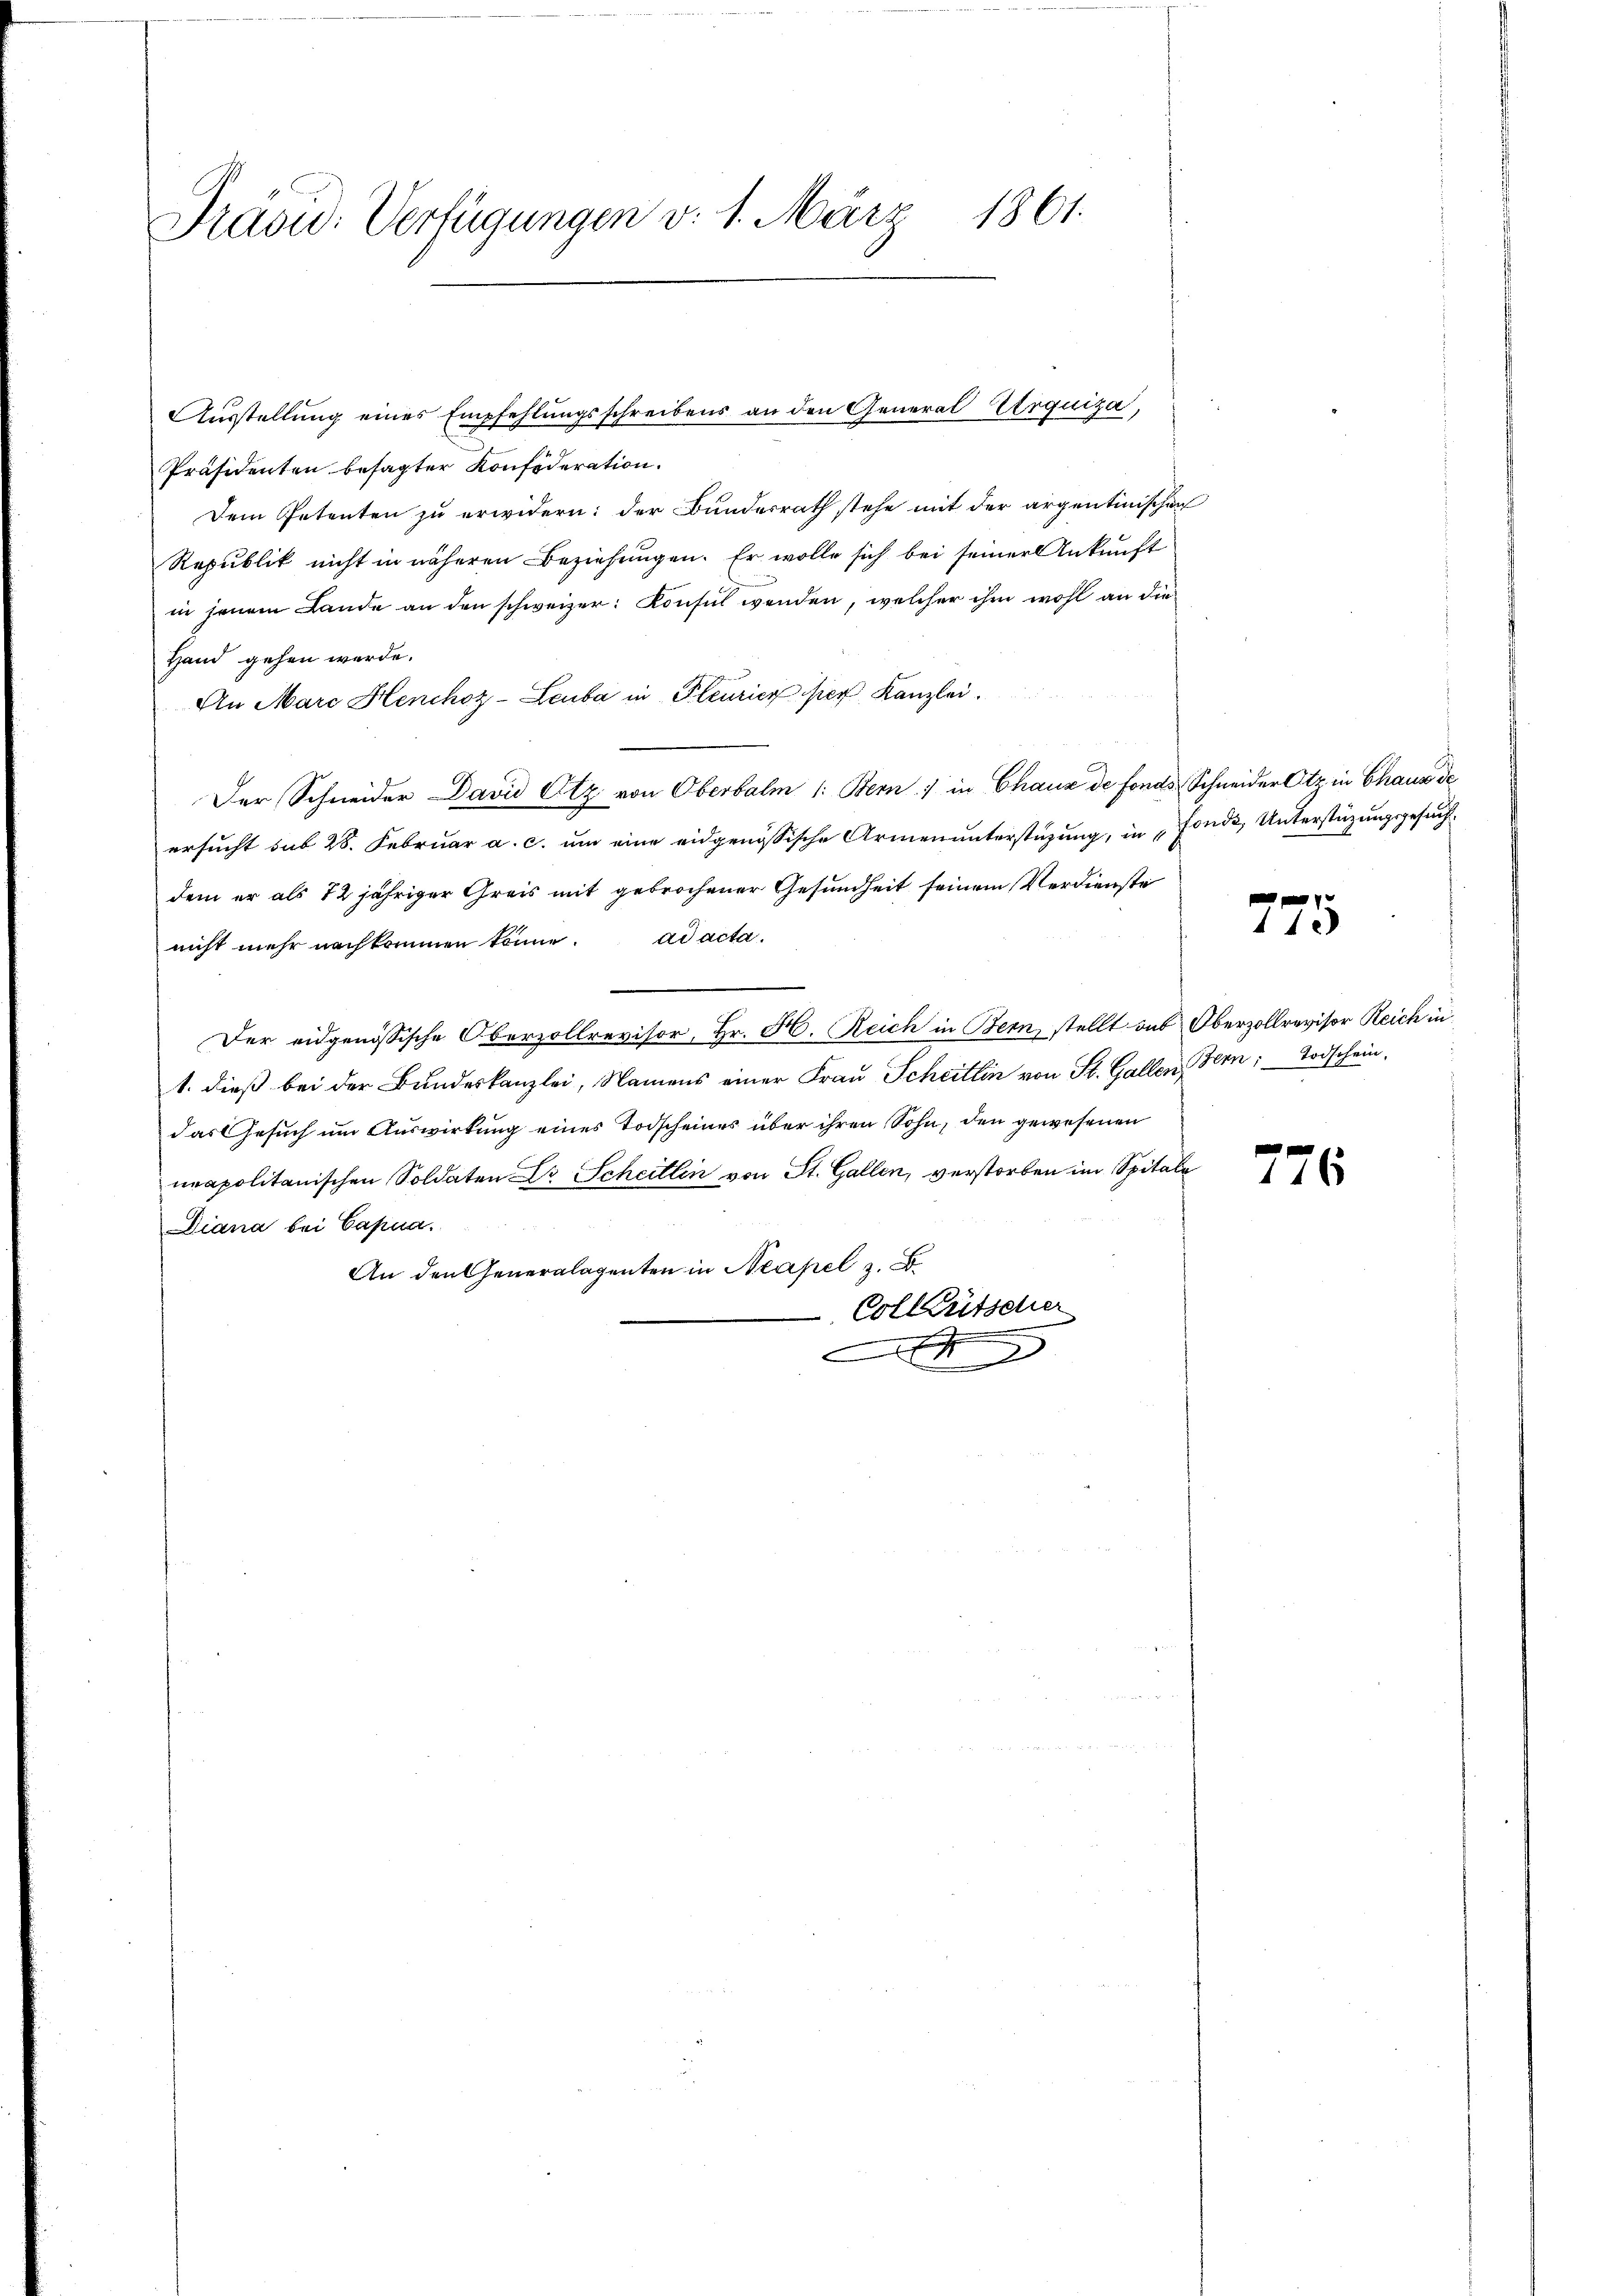
Präsid. Verfügungen v. 1. März 1861.

Präsidenten besagter Konfideration.
Dem Petenten zu erwidern: der Bundesrath stehe mit der argentinischen
Republik nicht in näheren Beziehungen. Er wolle sich bei seiner Ankunft
in jenem Lande an den schweizer: Konsul wenden, welcher ihm wohl an die
Hand gehen werde.
An Marc Henchoz-Leuba in Pleurier hier Kanzlei.
Der Schneider David Otz von Oberbalm 1: Bern) in Chaux de fonds Schneider Otz in Chaus de
ersucht sub 28. Februar a. c. um eine eidgenössische Armenunterstüzung, in Fonds, Unterstüzungsgesuch
dem er als 12 jähriger Greis mit gebrochener Gesundheit seinem Verdienste
nicht mehr nachkommen könne. ad acta.
Der eidgenössische Oberzollrevisor, Hr. H. Reich in Bern, stellt aus Oberzollrevisor Reich in
1. dieß bei der Bundeskanzlei, Namens einer Frau Scheitlin von St. Gallen Bern Todschein,
das Gesuch um Auswirkung eines Todscheines über ihren Sohn, den gewesenen
neapolitanischen Soldaten Dr. Scheitlin von St. Gallen, verstorben im Spitale
Diana bei Cana
An den Generalagenten in Neapel z
Colkutscher
x

Ausstellung eines Empfehlungsschreibens an den General Arquiza,

42)

116